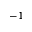
^ { - 1 }